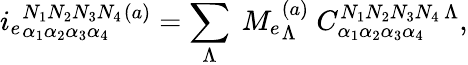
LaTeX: i_{e}{}_{\alpha_{1}\alpha_{2}\alpha_{3}\alpha_{4}}^{N_{1}N_{2}N_{3}N_{4}}{}^{(a)}=\sum_{\Lambda}\ M_{e}{}_{\Lambda}^{(a)}\ {C}_{\alpha_{1}\alpha_{2}\alpha_{3}\alpha_{4}}^{N_{1}N_{2}N_{3}N_{4}\, \Lambda},